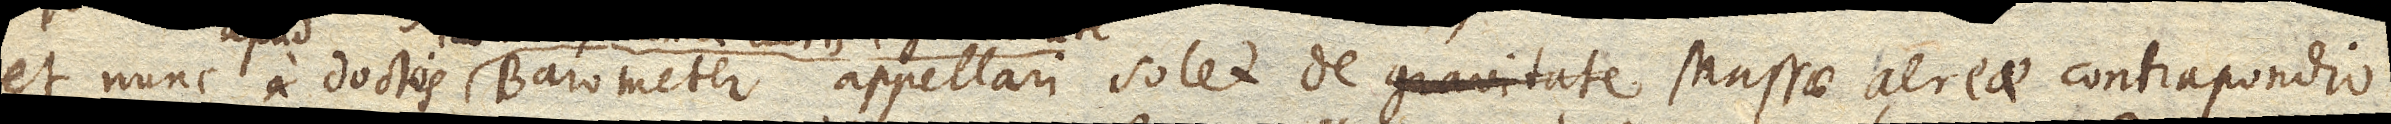
et nunc a doctis Barometer appellari solet de gravitate massae aereae contrapondio